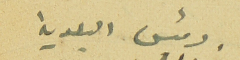
رئيس البلدية